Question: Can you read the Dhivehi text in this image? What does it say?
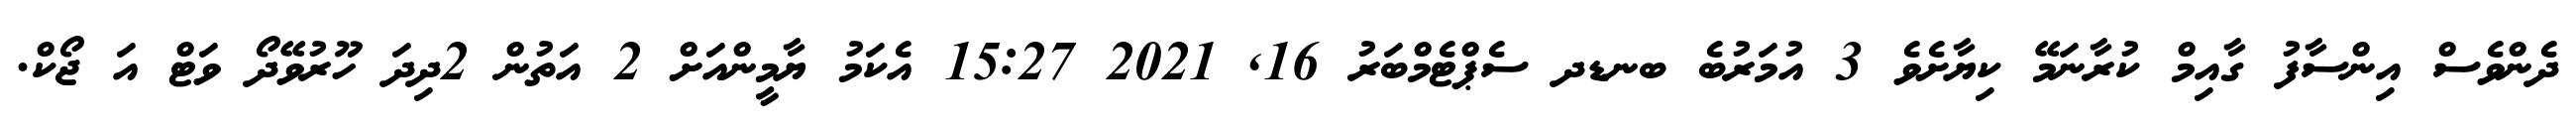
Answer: ދެންވެސް އިންސާފު ގާއިމް ކުރާނަމޭ ކިޔާށެވެ 3 އުމަރުބެ ބނޑދ ސެޕްޓެމްބަރު 16, 2021 15:27 އެކަމު ޔާމީންއަށް 2 އަތުން 2ދިދަ ހޫރުވޭދޯ ވަޓް އަ ޖޯކް.